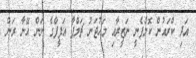
އަދި ކްރައުން ކޮމްޕެނީ ނަޒީރާއި މަހުޖަނު ޗަމްޕާ އަފީފްގެ ނަން އޭނާ ރަން